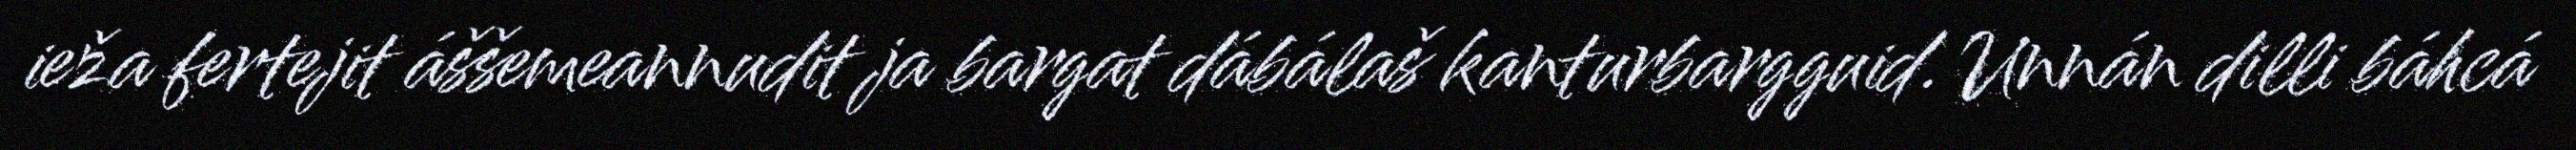
ieža fertejit áššemeannudit ja bargat dábálaš kanturbargguid. Unnán dilli báhcá